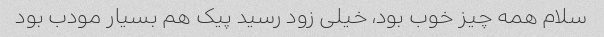
سلام همه چیز خوب بود، خیلی زود رسید پیک هم بسیار مودب بود